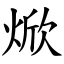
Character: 焮